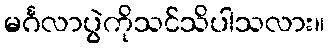
မင်္ဂလာပွဲကိုသင်သိပါသလား။